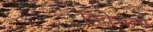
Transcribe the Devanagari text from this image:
विवेचनो